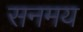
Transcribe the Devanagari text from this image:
सनमय